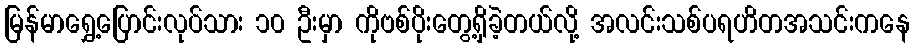
မြန်မာရွှေ့ပြောင်းလုပ်သား ၁၀ ဦးမှာ ကိုဗစ်ပိုးတွေ့ရှိခဲ့တယ်လို့ အလင်းသစ်ပရဟိတအသင်းကနေ